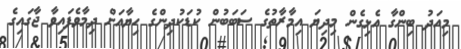
މިއަދު ބިންގާ އެޅިގެން މިދިޔަ އިމާރާތުގެ ސަބަބުން ކުޑަކުދިންގެ ހިޔާއަށް ދިމާވެފައިވާ ޖާގައިގެ